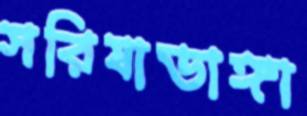
সরিষাডাঙ্গা